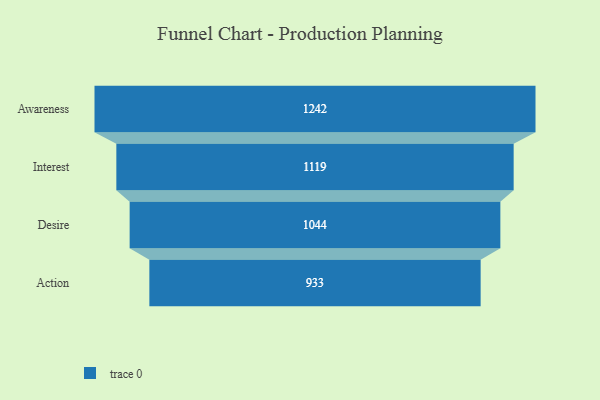
{"axis": {"x": "Stage", "y": "Value"}, "legend": [""], "data": [{"x": "Awareness", "y": 1242.0, "type": ""}, {"x": "Interest", "y": 1119.0, "type": ""}, {"x": "Desire", "y": 1044.0, "type": ""}, {"x": "Action", "y": 933.0, "type": ""}]}